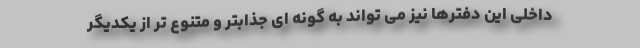
داخلی این دفترها نیز می تواند به گونه ای جذابتر و متنوع تر از یکدیگر